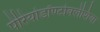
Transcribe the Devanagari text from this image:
पेरियोडॉण्टोक्लेशिया